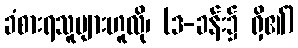
ခံစားရသူများဟူလို၊ (ဒ-ခန်း၌ ရှိ၏)